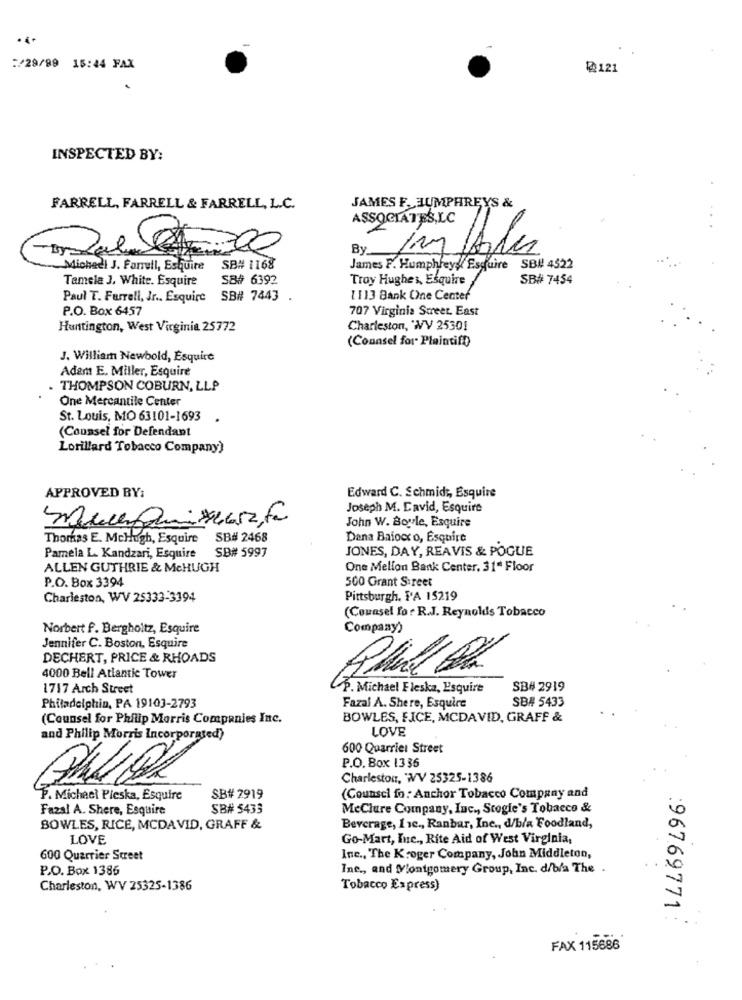
...
:/29/99 15:44 FAX
@121
INSPECTED BY:
JAMES F. HUMPHREYS &
FARRELL, FARRELL & FARRELL, L.C.
ASSOCIATES,LC
jay foles
Michael J. Farrull, Esquire SB# 1168
James F. Humphreys Esquire SB# 4522
Tamela J. White. Esquire
SB# 6392
Troy Hughes, Esquire
SB# 7454
Paul T. Farrell, Jr ., Esquire SB# 7443 .
[ 113 Bank One Center
P.O. Box 6457
707 Virginia Street. East
Huntington, West Virginia 25772
Charleston, 'WV 25301
(Counsel for Plaintiff)
J. William Newbold, Esquire
Adam E. Miller, Esquire
THOMPSON COBURN, LLP
One Mercantile Center
St. Louis, MO 63101-1693 .
(Counsel for Defendant
Lorillard Tobacco Company)
APPROVED BY:
Edward C. Schmidt, Esquire
Joseph M. David, Esquire
John W. Boyle, Esquire
Thomas E. Mchugh, Esquire
SB# 2468
Dana Baiocx o, Esquire
SB# 5997
JONES, DAY, REAVIS & POGUE
Pamela L. Kandzari, Esquire
ALLEN GUTHRIE & MCHUGH
One Mellon Bank Center. 31" Floor
P.O. Box 3394
500 Grant Street
Charleston, WV 25333-3394
Pittsburgh, PA 15219
(Counsel for R.J. Reynolds Tobacco
Norbert f. Bergholtz, Esquire
Company)
Jennifer C. Boston, Esquire
DECHERT, PRICE & RHOADS
4000 Bell Atlantic Tower
1717 Arch Street
P. Michael Fleska, Esquire
SB# 2919
SB# 5433
Philadelphia, PA 19103-2793
Fazal A. Shere, Esquire
(Counsel for Philip Morris Companies Inc.
BOWLES, FICE, MCDAVID, GRAFF &
LOVE
and Philip Morris Incorporated)
600 Quarrie: Street
P.O. Box 1336
Charleston, WV 25325-1386
P. Michael Pieska, Esquire
SB# 2919
(Counsel fo : Anchor Tobacco Company and
Fazal A. Shere, Esquire
SB# 5433
MeClure Company, Inc ., Stogie's Tobacco &
BOWLES, RICE, MCDAVID, GRAFF &
Beverage, 1 1c ., Ranbar, Inc ., d/b/a Foodland,
LOVE
Go-Mart, Inc ., Rite Aid of West Virginia,
600 Quartier Street
Ine ., The Kroger Company, John Middleton,
P.O. Box 1386
Ine ., and Montgomery Group, Inc. d/bla The .
Charleston, WV 25325-1386
Tobacco Express)
:96769771 :
FAX 115686